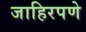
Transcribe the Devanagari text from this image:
जाहिरपणे